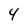
Character: 4